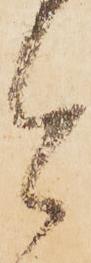
今